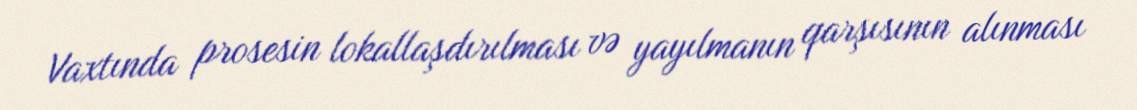
Vaxtında prosesin lokallaşdırılması və yayılmanın qarşısının alınması